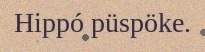
Hippó püspöke.